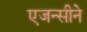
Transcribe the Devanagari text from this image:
एजन्सीने